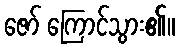
ဇော် ကြောင်သွား၏။